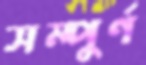
সম্পুর্ণ